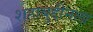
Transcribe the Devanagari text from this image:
शहाबुद्दीनला